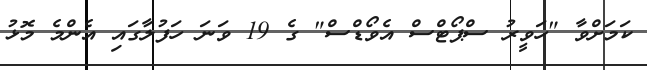
ކަމަށްވާ "ހަވީރު ސްޕޯޓްސް އެވޯޑްސް" ގެ 19 ވަނަ ހަފުލާގައި އެންމެ މޮޅު